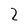
Character: 2